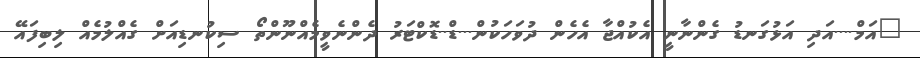
"އަމް....އަދި އަޅުގަނޑު ގެންނާނީ އެކުއްޖާ އެހެން ދުވަހަކުން...ޑް..ޑޮކްޓަރު ދެންނެވީމެއްނޫންތޯ ސިކުނޑިއަށް ގެއްލުމެއް ލިބިފައޭ